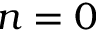
n = 0